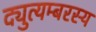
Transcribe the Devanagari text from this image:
द्युत्यम्बरस्य